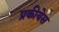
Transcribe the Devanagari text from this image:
प्रकीयेस